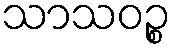
သာသဝဉ္စ